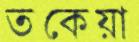
তকেয়া